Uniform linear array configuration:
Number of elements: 16
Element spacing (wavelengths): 1
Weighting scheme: kaiser
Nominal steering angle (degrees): -30
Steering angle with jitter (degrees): -28.481
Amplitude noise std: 0.05
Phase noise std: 0.05

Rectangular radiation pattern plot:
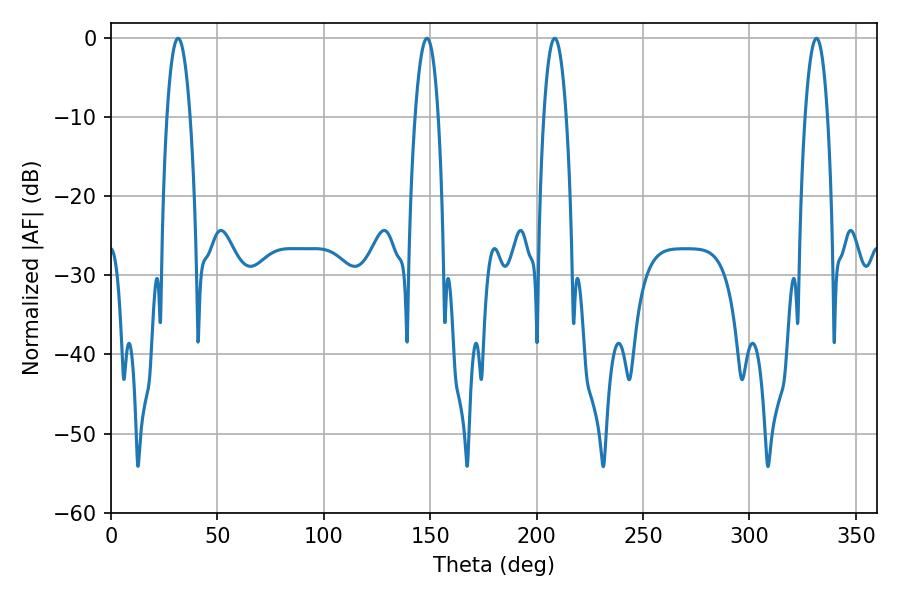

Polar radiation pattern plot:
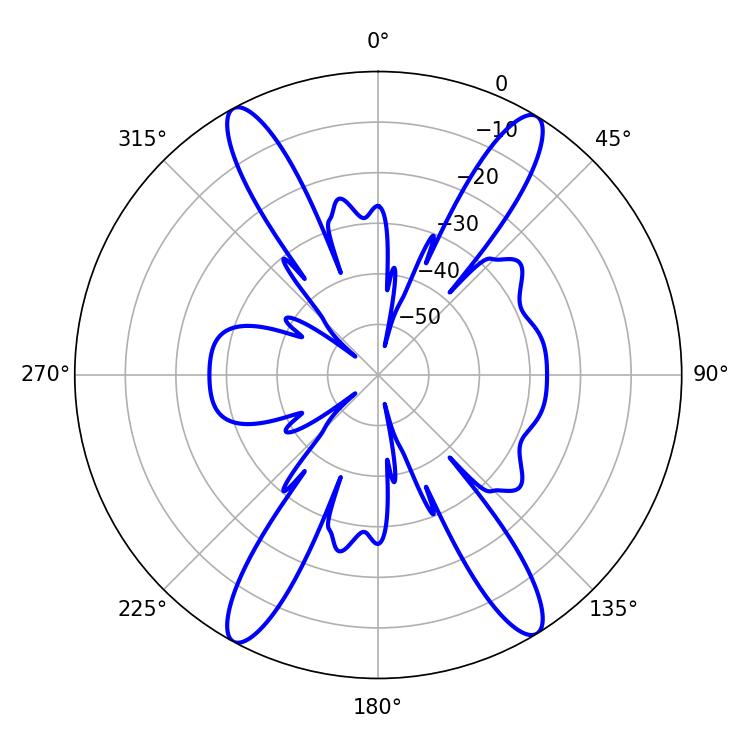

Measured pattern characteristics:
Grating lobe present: TRUE
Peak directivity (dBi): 21.177
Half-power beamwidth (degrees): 5.94
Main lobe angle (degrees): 31.5